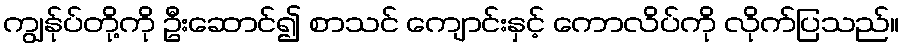
ကျွန်ုပ်တို့ကို ဦးဆောင်၍ စာသင် ကျောင်းနှင့် ကောလိပ်ကို လိုက်ပြသည်။